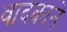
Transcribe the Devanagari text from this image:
वादकाने